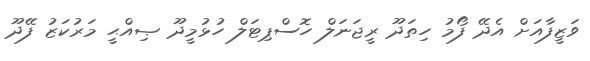
ވަޒީފާއަށް އެދޭ ފޯމު ހިތަދޫ ރީޖަނަލް ހޮސްޕިޓަލް ހުޅުމީދޫ ޞިއްޙީ މަރުކަޒު ފޭދޫ